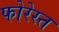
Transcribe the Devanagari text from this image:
फोरेस्त